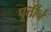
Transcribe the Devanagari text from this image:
पूर्तीने